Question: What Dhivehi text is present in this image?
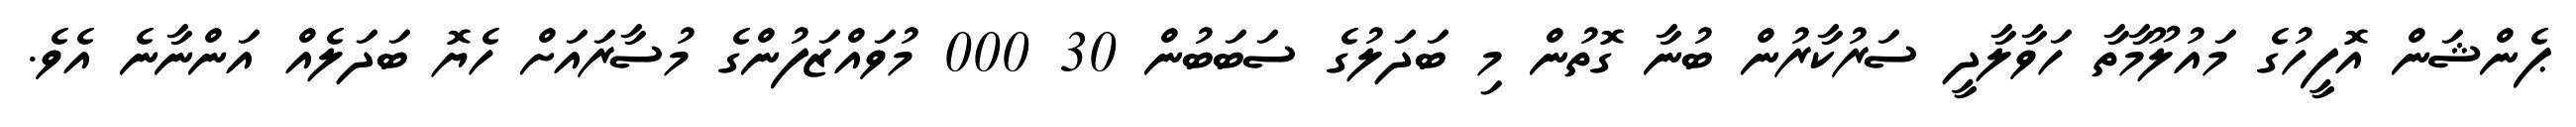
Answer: ޕެންޝަން އޮފީހުގެ މައުލޫމާތާ ހަވާލާދީ ސަރުކާރުން ބުނާ ގޮތުން މި ބަދަލުގެ ސަބަބުން 30 000 މުވައްޒަފުންގެ މުސާރައަށް ހެޔޮ ބަދަލެއް އަންނާނެ އެވެ.